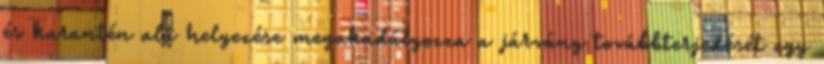
és karantén alá helyezése megakadályozza a járvány továbbterjedését egy